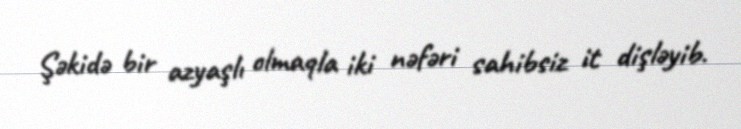
Şəkidə bir azyaşlı olmaqla iki nəfəri sahibsiz it dişləyib.